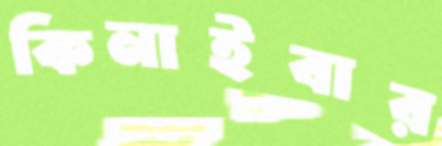
কিনাইবার